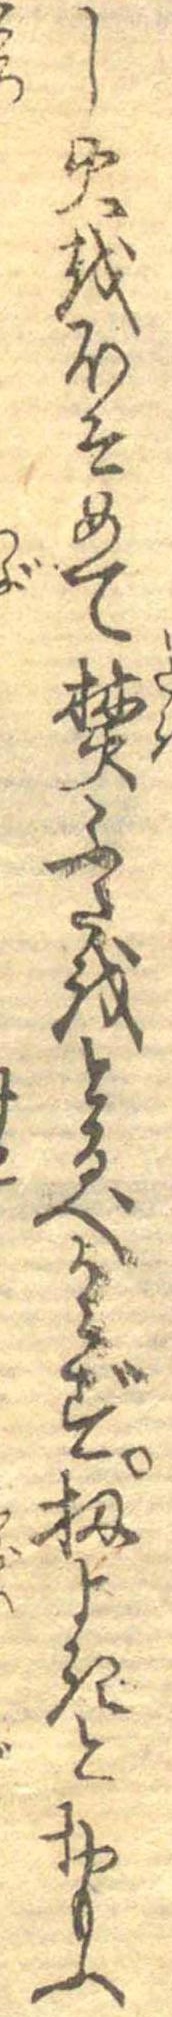
し火をほそめて焚ふたをとるべからず扨よきとおもふ